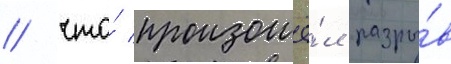
/ что́ произошё́л разры́в